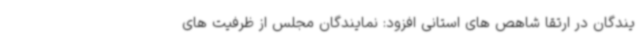
یندگان در ارتقا شاهص های استانی افزود: نمایندگان مجلس از ظرفیت های